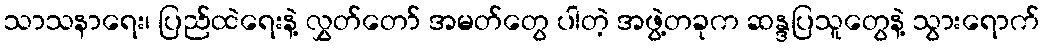
သာသနာရေး၊ ပြည်ထဲရေးနဲ့ လွှတ်တော် အမတ်တွေ ပါတဲ့ အဖွဲ့တခုက ဆန္ဒပြသူတွေနဲ့ သွားရောက်